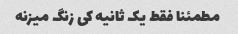
مطمئنا فقط یک ثانیه کی زنگ میزنه